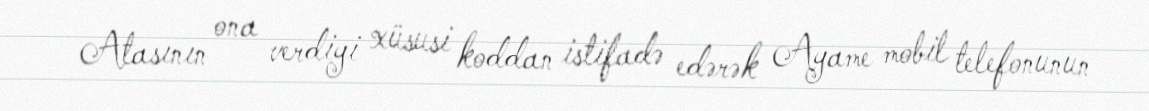
Atasının ona verdiyi xüsusi koddan istifadə edərək Ayame mobil telefonunun